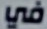
في